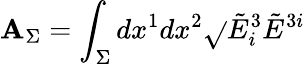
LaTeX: \mathbf{A}_{\Sigma}=\int_{\Sigma}dx^{1}dx^{2}{\sqrt{}{{{\tilde{{E}}}_{i}^{3}{\tilde{{E}}}^{3i}}}}